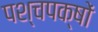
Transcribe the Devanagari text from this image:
पश्चपक्षों